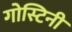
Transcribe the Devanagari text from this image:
गोस्टिनी